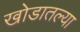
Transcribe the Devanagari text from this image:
खोडातल्या